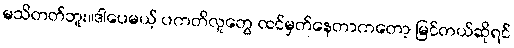
မသိတတ်ဘူး။ဒါပေမယ့် ပကတိလူတွေ ထင်မှတ်နေတာကတော့ မြင်တယ်ဆိုရင်